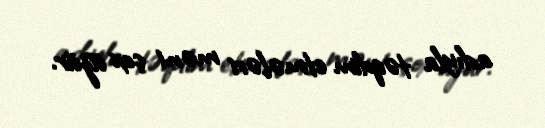
adıyla təqdim etmələri məni çox üzür.